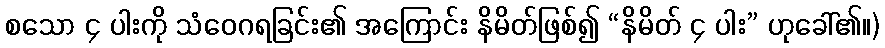
စသော ၄ ပါးကို သံဝေဂရခြင်း၏ အကြောင်း နိမိတ်ဖြစ်၍ “နိမိတ် ၄ ပါး” ဟုခေါ်၏။)